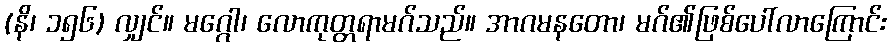
(နိ၊ ၁၅၆) လျှင်။ မဂ္ဂေါ၊ လောကုတ္တရာမဂ်သည်။ အာဂမနတော၊ မဂ်၏ဖြစ်ပေါ်လာကြောင်း